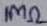
Text: 1MΩ